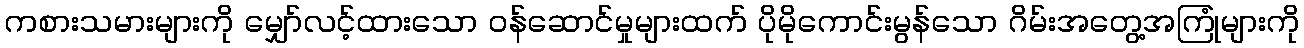
ကစားသမားများကို မျှော်လင့်ထားသော ဝန်ဆောင်မှုများထက် ပိုမိုကောင်းမွန်သော ဂိမ်းအတွေ့အကြုံများကို